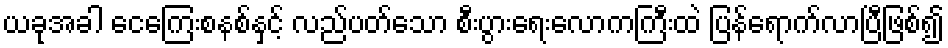
ယခုအခါ ငေကြေးစနစ်နှင့် လည်ပတ်သော စီးပွားရေးလောကကြီးထဲ ပြန်ရောက်လာပြီဖြစ်၍